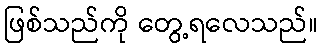
ဖြစ်သည်ကို တွေ့ရလေသည်။